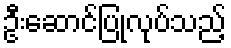
ဦးဆောင်ပြုလုပ်သည့်